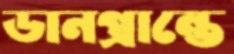
ডানপ্রান্তে